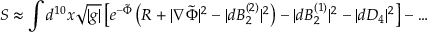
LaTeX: S \approx \int d ^ { 1 0 } x \sqrt { | g | } \left[ e ^ { - \tilde { \Phi } } \left( R + | \nabla \tilde { \Phi } | ^ { 2 } - | d B _ { 2 } ^ { ( 2 ) } | ^ { 2 } \right) - | d B _ { 2 } ^ { ( 1 ) } | ^ { 2 } - | d D _ { 4 } | ^ { 2 } \right] - \ldots